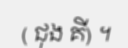
( ជុង គី) ។